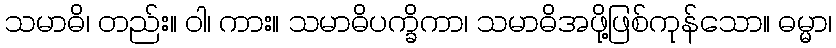
သမာဓိ၊ တည်း။ ဝါ၊ ကား။ သမာဓိပက္ခိကာ၊ သမာဓိအဖို့ဖြစ်ကုန်သော။ ဓမ္မာ၊